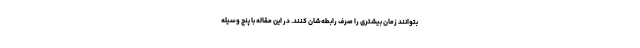
بتوانند زمان بیشتری را صرف رابطه‌شان کنند. در این مقاله با پنج وسیله